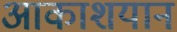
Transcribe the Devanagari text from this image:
आकाशयान